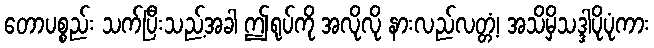
တောပစ္စည်း သက်ပြီးသည့်အခါ ဤရုပ်ကို အလိုလို နားလည်လတ္တံ့၊ အသိမှိသဒ္ဒါပိုပုံကား